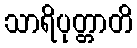
သာရိပုတ္တာတိ